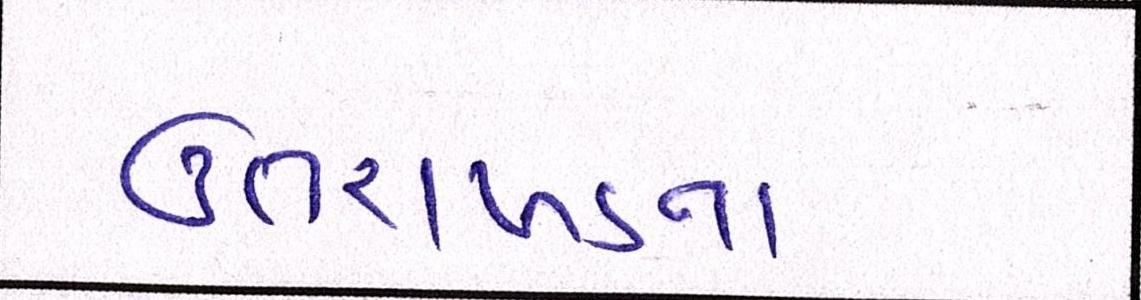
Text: ઉત્તરાખંડના